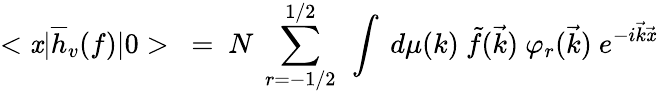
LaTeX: <\mathit{x}{\mid}\overline{{{{h}}}}_{v}(f){\mid}0>\ =\ N\ \sum_{r=-1/2}^{1/2}\ \int\ d\mu(k)\ \tilde{{f}}(\vec{{k}})\ {\varphi}_{r}(\vec{{k}})\ e^{-i\vec{{k}}\vec{{\mathit{x}}}}